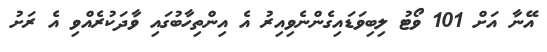
އޭނާ އަށް 101 ވޯޓު ލިބިވަޑައިގެންނެވިއިރު އެ އިންތިހާބުގައި ވާދަކުރެއްވި އެ ރަށު